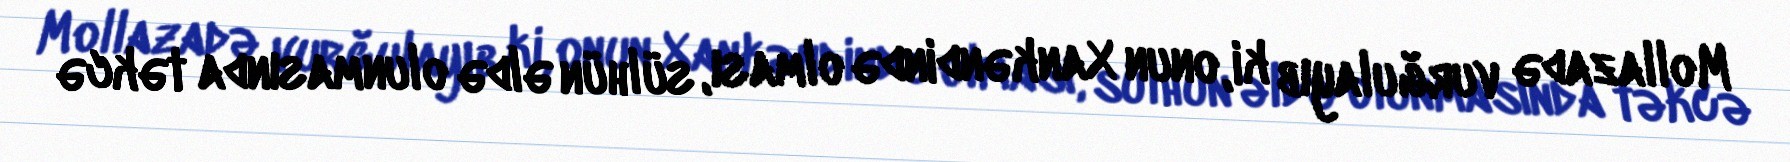
Mollazadə vurğulayıb ki, onun Xankəndində olması, sülhün əldə olunmasında təkcə